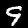
Label: 9